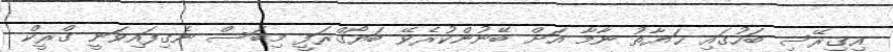
އިގިރޭސި ބަހުގައި ޙަޔާތު ނާމާ އަށް ބޭނުންކުރެވޭ ބަޔޯގްރަފީ މިބަސް ނެގިފައިވަނީ ގްރީކް